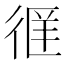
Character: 𫹖